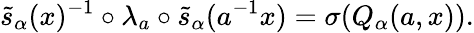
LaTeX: \widetilde{s}_{\alpha}(x)^{-1}\circ\lambda_{a}\circ\widetilde{s}_{\alpha}(a^{-1}x)=\sigma(Q_{\alpha}(a,x)).